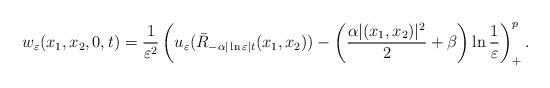
LaTeX: \begin{align*}w_\varepsilon(x_1,x_2,0,t)=\frac{1}{\varepsilon^2}\left( u_\varepsilon(\bar{R}_{-\alpha|\ln\varepsilon| t}(x_1,x_2))-\left( \frac{\alpha|(x_1,x_2)|^2}{2}+\beta\right)\ln\frac{1}{\varepsilon}\right)^p_+.\end{align*}